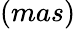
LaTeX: (mas)